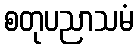
စတုပညာသမံ